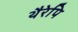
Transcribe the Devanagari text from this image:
थैरेपि